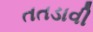
તતડાવી